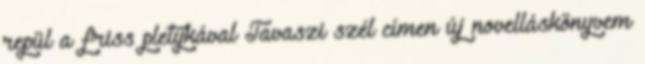
repül a friss pletykával Tavaszi szél címen új novelláskönyvem